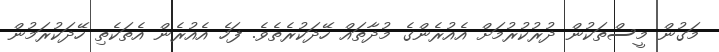
މަގުން މީސްތަކުން ދުރުކުރުމަށް އެއުރެންގެ މުދާތައް ހޭދަކުރެތެވެ. ފަހެ އެއުރެން އެތަކެތި ހޭދަކުރަމުން